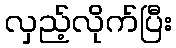
လှည့်လိုက်ပြီး